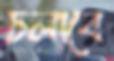
ঢলাবে